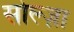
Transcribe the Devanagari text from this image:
सोल्ज़ा